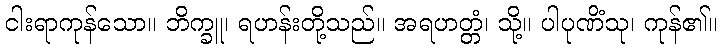
ငါးရာကုန်သော။ ဘိက္ခူ၊ ရဟန်းတို့သည်။ အရဟတ္တံ၊ သို့။ ပါပုဏိံသု၊ ကုန်၏။